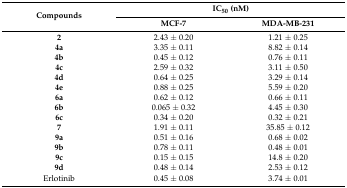
<table><thead><tr><td rowspan="2"><b>Compounds</b></td><td colspan="2"><b>IC<sub>50</sub> (nM)</b></td></tr><tr><td><b>MCF-7</b></td><td><b>MDA-MB-231</b></td></tr></thead><tbody><tr><td><b>2</b></td><td>2.43 ± 0.20</td><td>1.21 ± 0.25</td></tr><tr><td><b>4a</b></td><td>3.35 ± 0.11</td><td>8.82 ± 0.14</td></tr><tr><td><b>4b</b></td><td>0.45 ± 0.12</td><td>0.76 ± 0.11</td></tr><tr><td><b>4c</b></td><td>2.59 ± 0.32</td><td>3.11 ± 0.50</td></tr><tr><td><b>4d</b></td><td>0.64 ± 0.25</td><td>3.29 ± 0.14</td></tr><tr><td><b>4e</b></td><td>0.88 ± 0.25</td><td>5.59 ± 0.20</td></tr><tr><td><b>6a</b></td><td>0.62 ± 0.12</td><td>0.66 ± 0.11</td></tr><tr><td><b>6b</b></td><td>0.065 ± 0.32</td><td>4.45 ± 0.30</td></tr><tr><td><b>6c</b></td><td>0.34 ± 0.20</td><td>0.32 ± 0.21</td></tr><tr><td><b>7</b></td><td>1.91 ± 0.11</td><td>35.85 ± 0.12</td></tr><tr><td><b>9a</b></td><td>0.51 ± 0.16</td><td>0.68 ± 0.02</td></tr><tr><td><b>9b</b></td><td>0.78 ± 0.11</td><td>0.48 ± 0.01</td></tr><tr><td><b>9c</b></td><td>0.15 ± 0.15</td><td>14.8 ± 0.20</td></tr><tr><td><b>9d</b></td><td>0.48 ± 0.14</td><td>2.53 ± 0.12</td></tr><tr><td>Erlotinib</td><td>0.45 ± 0.08</td><td>3.74 ± 0.01</td></tr></tbody></table>